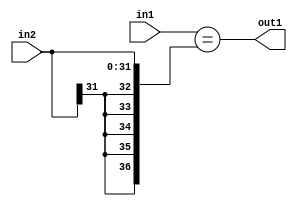
`timescale 1ps / 1ps
/*****************************************************************************
    Verilog RTL Description
    
    
    Created by: Stratus DpOpt 21.05.01 
*******************************************************************************/

module SobelFilter_Equal_32Sx9U_1U_1 (
	in2,
	in1,
	out1
	); /* architecture "behavioural" */ 
input [31:0] in2;
input [8:0] in1;
output  out1;
wire  asc001;

assign asc001 = (in1=={{5{in2[31]}}, in2});

assign out1 = asc001;
endmodule

/* CADENCE  ubH0Tg0= : u9/ySxbfrwZIxEzHVQQV8Q== ** DO NOT EDIT THIS LINE ******/